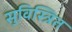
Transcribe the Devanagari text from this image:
सुविस्त्रित